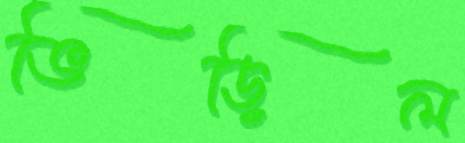
ভিড়িল